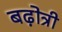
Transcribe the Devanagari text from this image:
बढ़ोत्री